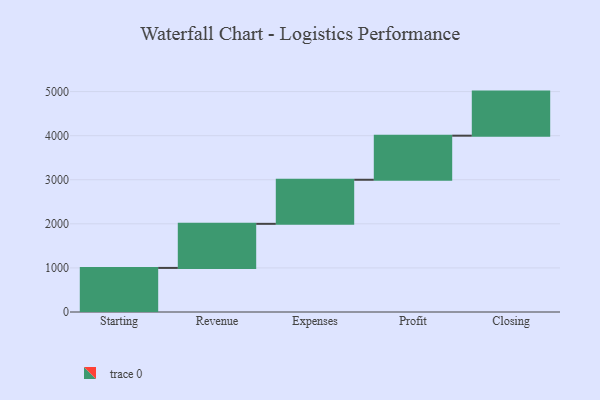
{"axis": {"x": "Step", "y": "Value"}, "legend": [""], "data": [{"x": "Starting", "y": 1000, "type": ""}, {"x": "Revenue", "y": 1000, "type": ""}, {"x": "Expenses", "y": 1000, "type": ""}, {"x": "Profit", "y": 1000, "type": ""}, {"x": "Closing", "y": 1000, "type": ""}]}